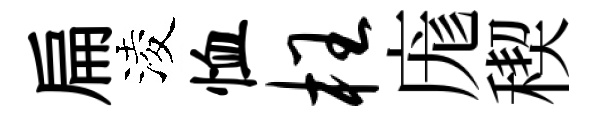
扁淩恤枉庬稧